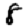
Digit: 8